Indian journal of veterinary science and animal husbandry - Volume 13,
Year: 1943
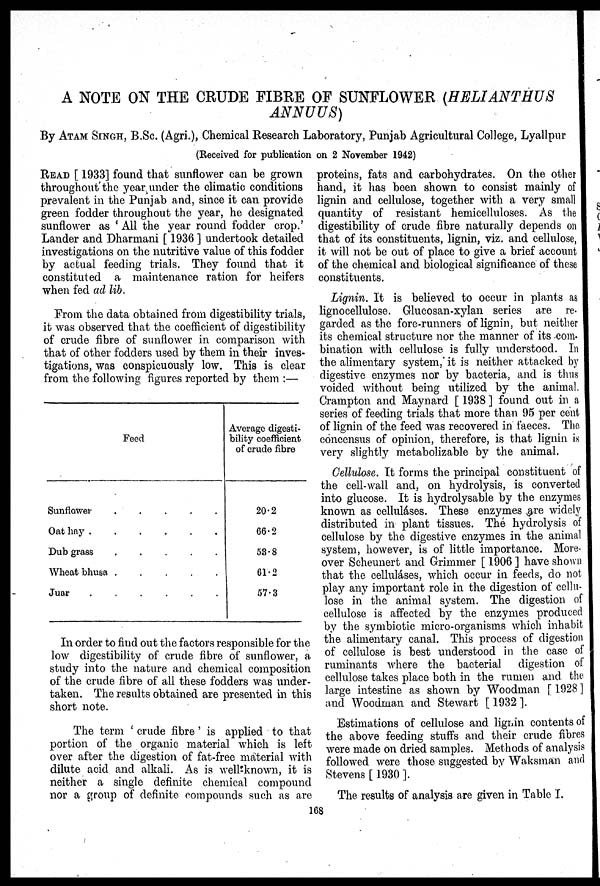
A NOTE ON THE CRUDE FIBRE OF SUNFLOWER (HELIANTHUS
ANNUUS)
By ATAM SINGH, B.Sc. (Agri.), Chemical Research Laboratory, Punjab Agricultural College, Lyallpur
(Received for publication on 2 November 1942)
READ [ 1933] found that sunflower can be grown
throughout the year under the climatic conditions
prevalent in the Punjab and, since it can provide
green fodder throughout the year, he designated
sunflower as 'All the year round fodder crop.'
Lander and Dharmani [ 1936 ] undertook detailed
investigations on the nutritive value of this fodder
by actual feeding trials. They found that it
constituted a maintenance ration for heifers
when fed ad lib.
From the data obtained from digestibility trials,
it was observed that the coefficient of digestibility
of crude fibre of sunflower in comparison with
that of other fodders used by them in their inves-
tigations, was conspicuously low. This is clear
from the following figures reported by them :—
Feed
Sunflower . . . . .
Oat hay . . . . .
Dub grass . . . . .
Wheat bhusa . . . . .
Juar . . . . . .
Average digesti-
bility coefficient
of crude fibre
20.2
66.2
53.8
61.2
57.3
In order to find out the factors responsible for the
low digestibility of crude fibre of sunflower, a
study into the nature and chemical composition
of the crude fibre of all these fodders was under-
taken. The results obtained are presented in this
short note.
The term ' crude fibre ' is applied to that
portion of the organic material which is left
over after the digestion of fat-free material with
dilute acid and alkali. As is well-known, it is
neither a single definite chemical compound
nor a group of definite compounds such as are
proteins, fats and carbohydrates. On the other
hand, it has been shown to consist mainly of
lignin and cellulose, together with a very small
quantity of resistant hemicelluloses. As the
digestibility of crude fibre naturally depends on
that of its constituents, lignin, viz. and cellulose,
it will not be out of place to give a brief account
of the chemical and biological significance of these
constituents.
Lignin. It is believed to occur in plants as
lignocellulose. Glucosan-xylan series are re-
garded as the fore-runners of lignin, but neither
its chemical structure nor the manner of its com-
bination with cellulose is fully understood. In
the alimentary system, it is neither attacked by
digestive enzymes nor by bacteria, and is thus
voided without being utilized by the animal.
Crampton and Maynard [ 1938 ] found out in a
series of feeding trials that more than 95 per cent
of lignin of the feed was recovered in faeces. The
concensus of opinion, therefore, is that lignin is
very slightly metabolizable by the animal.
Cellulose. It forms the principal constituent of
the cell-wall and, on hydrolysis, is converted
into glucose. It is hydrolysable by the enzymes
known as celluláses. These enzymes are widely
distributed in plant tissues. The hydrolysis of
cellulose by the digestive enzymes in the animal
system, however, is of little importance. More-
over Scheunert and Grimmer [ 1906 ] have shown
that the celluláses, which occur in feeds, do not
play any important role in the digestion of cellu-
lose in the animal system. The digestion of
cellulose is affected by the enzymes produced
by the symbiotic micro-organisms which inhabit
the alimentary canal. This process of digestion
of cellulose is best understood in the case of
ruminants where the bacterial
digestion of
cellulose takes place both in the rumen and the
large intestine as shown by Woodman [ 1928 ]
and Woodman and Stewart [ 1932 ].
Estimations of cellulose and lignin contents of
the above feeding stuffs and their crude fibres
were made on dried samples. Methods of analysis
followed were those suggested by Waksman and
Stevens [ 1930 ].
The results of analysis are given in Table I.
168